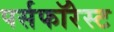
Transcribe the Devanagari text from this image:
पर्सफॉरेस्ट